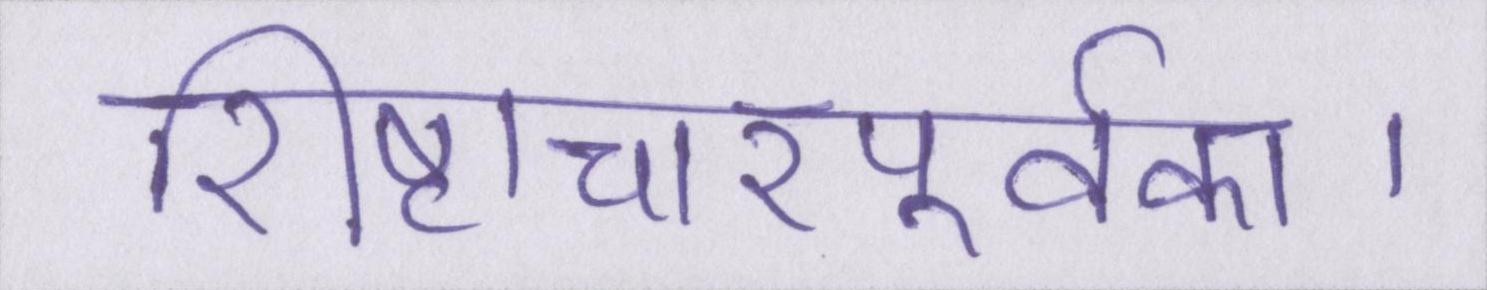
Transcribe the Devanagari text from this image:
शिष्टाचारपूर्वक।